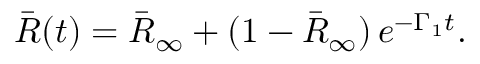
\bar { R } ( t ) = \bar { R } _ { \infty } + ( 1 - \bar { R } _ { \infty } ) \, e ^ { - \Gamma _ { 1 } t } .